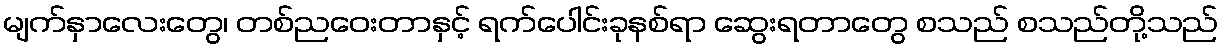
မျက်နှာလေးတွေ၊ တစ်ညဝေးတာနှင့် ရက်ပေါင်းခုနစ်ရာ ဆွေးရတာတွေ စသည် စသည်တို့သည်